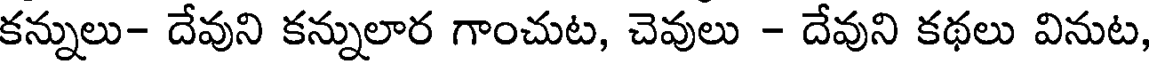
కన్నులు- దేవుని కన్నులార గాంచుట, చెవులు - దేవుని కథలు వినుట,